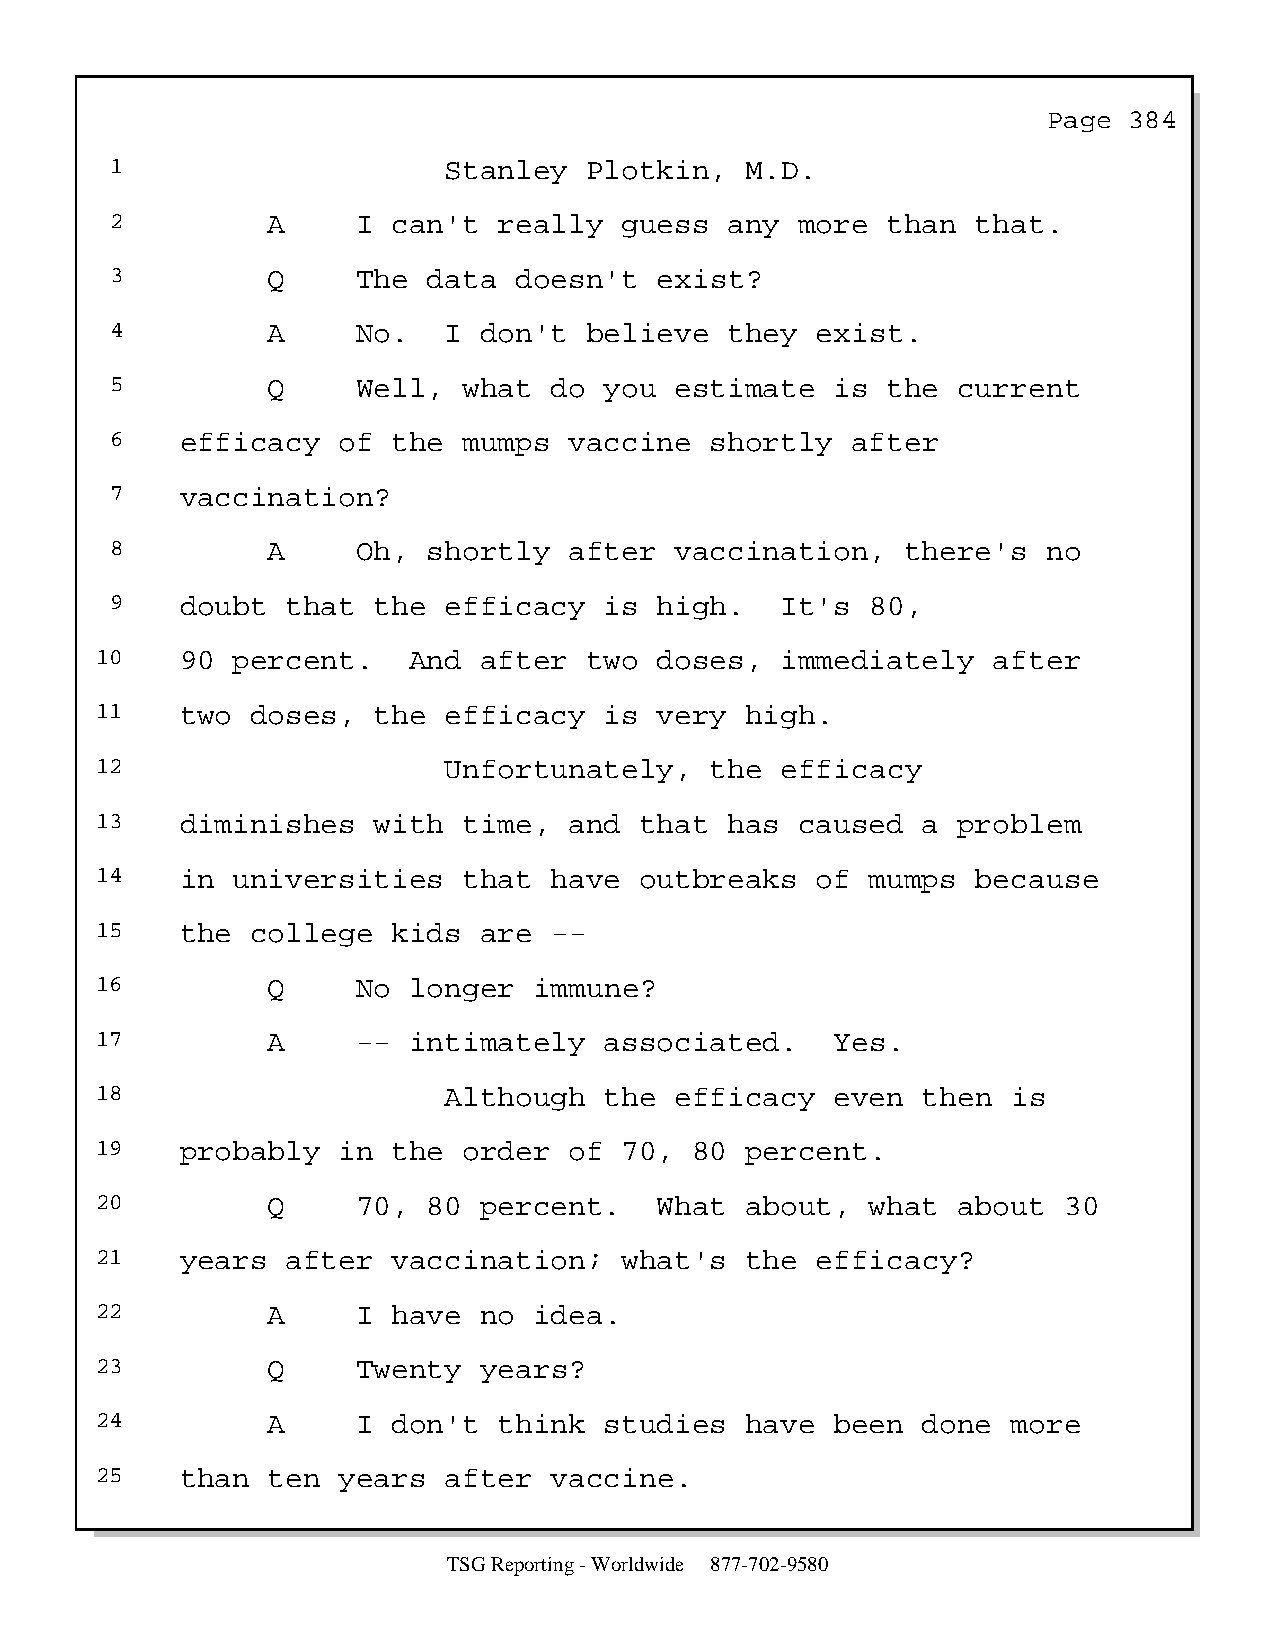
Page  384
 1                     Stanley   Plotkin,  M.D.
 2          A     I can't  really  guess  any  more  than  that.
 3          Q     The data  doesn't   exist?
 4          A     No.  I  don't  believe  they  exist.
 5          Q     Well,  what do  you  estimate  is  the current
 6    efficacy  of  the  mumps  vaccine  shortly  after
 7    vaccination?
 8          A     Oh, shortly   after  vaccination,   there's  no
 9    doubt  that  the efficacy   is  high.   It's  80,
 10    90 percent.    And  after  two  doses,  immediately   after
 11    two  doses,  the efficacy   is  very high.
 12                     Unfortunately,    the  efficacy
 13    diminishes   with  time,  and that  has  caused  a problem
 14    in universities    that have  outbreaks   of  mumps  because
 15    the  college  kids  are --
 16          Q     No longer  immune?
 17          A     -- intimately   associated.    Yes.
 18                     Although   the  efficacy  even  then  is
 19    probably  in  the  order  of 70,  80 percent.
 20          Q     70, 80  percent.    What about,   what about  30
 21    years  after  vaccination;   what's  the  efficacy?
 22          A     I have  no idea.
 23          Q     Twenty  years?
 24          A     I don't  think  studies  have  been  done  more
 25    than  ten years  after  vaccine.
 TSG Reporting - Worldwide 877-702-9580